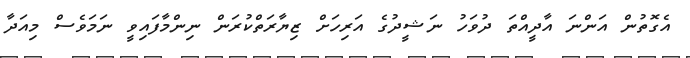
އެގޮތުން އަންނަ އާދީއްތަ ދުވަހު ނަޝީދުގެ އަރިހަށް ޒިޔާރަތްކުރަން ނިންމާފައިވީ ނަމަވެސް މިއަދާ